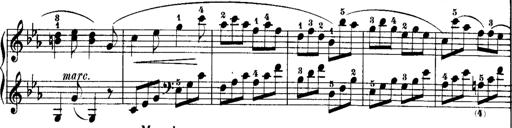
Title: Rondos and Sonatinas for Pianoforte
Composer: Daniel Steibelt